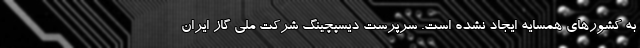
به کشورهای همسایه ایجاد نشده است. سرپرست دیسپچینگ شرکت ملی گاز ایران